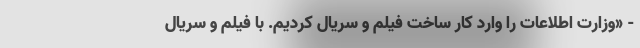
- «وزارت اطلاعات را وارد کار ساخت فیلم و سریال کردیم. با فیلم و سریال